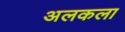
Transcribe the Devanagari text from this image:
अलकला